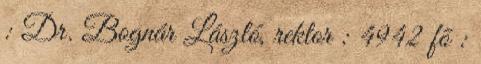
: Dr. Bognár László, rektor : 4942 fõ :